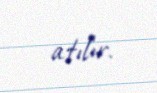
atılır.